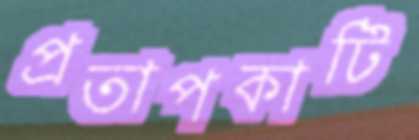
প্রতাপকাটি